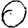
Digit: 0